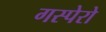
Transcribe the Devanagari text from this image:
गस्पेरो